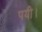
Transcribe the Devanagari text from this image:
पयी।